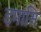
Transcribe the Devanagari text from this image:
इमासि